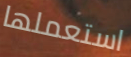
استعملها